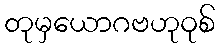
တုမှယောဂဗဟုဝုစ်